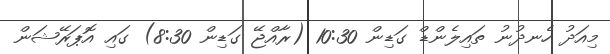
މިއަދު ހެނދުނު ތައިލެންޑް ގަޑިން 10:30 (ރާއްޖޭ ގަޑިން 8:30) ގައި އޮޕަރޭޝަން